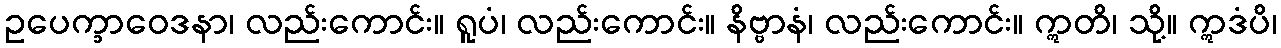
ဥပေက္ခာဝေဒနာ၊ လည်းကောင်း။ ရူပံ၊ လည်းကောင်း။ နိဗ္ဗာနံ၊ လည်းကောင်း။ ဣတိ၊ သို့။ ဣဒံပိ၊